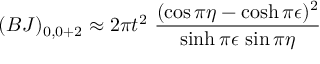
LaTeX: ( B J ) _ { 0 , 0 + 2 } \approx 2 \pi t ^ { 2 } ~ \frac { ( \cos \pi \eta - \cosh \pi \epsilon ) ^ { 2 } } { \sinh \pi \epsilon \, \sin \pi \eta }